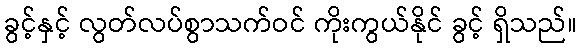
ခွင့်နှင့် လွတ်လပ်စွာသက်ဝင် ကိုးကွယ်နိုင် ခွင့် ရှိသည်။